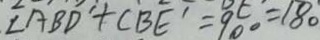
\angle A B D ^ { \prime } + C B E ^ { \prime } = 9 0 ^ { \circ } = 1 8 0 ^ { \circ }